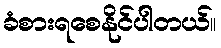
ခံစားရစေနိုင်ပါတယ်။